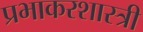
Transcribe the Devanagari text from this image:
प्रभाकरशास्त्री